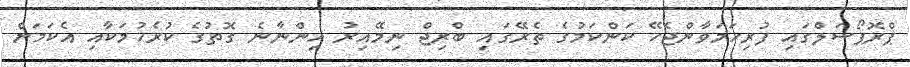
ޕްރޮޕޯސަލްގައި ފުރިހަމަވާންޖެހޭ ކަންކަމުގެ ތެރޭގައި ބްރިޖް ނިމޭއިރު އިންނާނެ ގޮތުގެ ކުރެހުމަކާއި އެކަމަށް